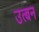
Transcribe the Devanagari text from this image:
उत्बन